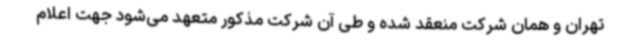
تهران و همان شرکت منعقد شده و طی آن شرکت مذکور متعهد می‌شود جهت اعلام